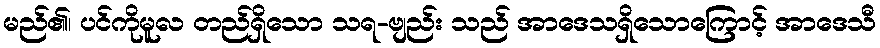
မည်၏၊ ပင်ကိုမူလ တည်ရှိသော သရ-ဗျည်း သည် အာဒေသရှိသောကြောင့် အာဒေသီ